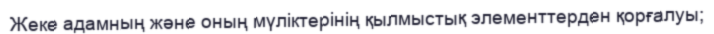
Жеке адамның және оның мүліктерінің қылмыстық элементтерден қорғалуы;